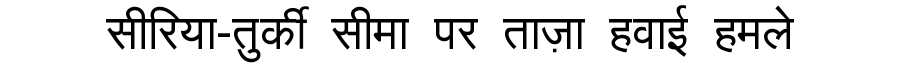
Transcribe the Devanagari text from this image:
सीरिया-तुर्की सीमा पर ताज़ा हवाई हमले